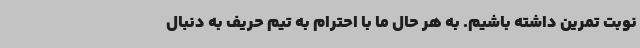
نوبت تمرین داشته باشیم. به هر حال ما با احترام به تیم حریف به دنبال